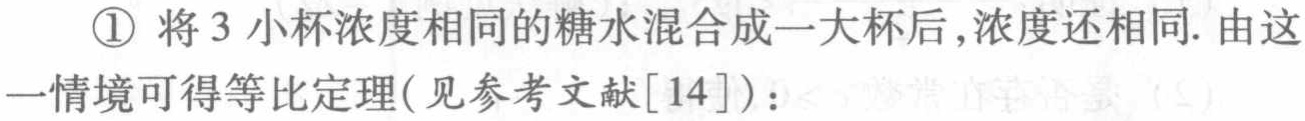
\textcircled{1}将3小杯浓度相同的糖水混合成一大杯后,浓度还相同. 由这一情境可得等比定理(见参考文献[14]):